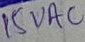
Text: 15VAC